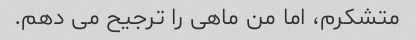
متشکرم، اما من ماهی را ترجیح می دهم.